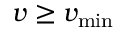
v \geq v _ { \mathrm { m i n } }